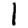
Digit: 1